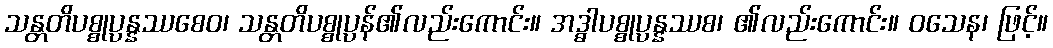
သန္တတိပစ္စုပ္ပန္နဿစေဝ၊ သန္တတိပစ္စုပ္ပန်၏လည်းကောင်း။ အဒ္ဓါပစ္စုပ္ပန္နဿစ၊ ၏လည်းကောင်း။ ဝသေန၊ ဖြင့်။